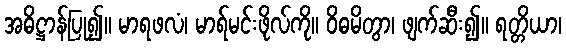
အဓိဋ္ဌာန်ပြု၍။ မာရဖလံ၊ မာရ်မင်းဖိုလ်ကို။ ဝိဓမိတွာ၊ ဖျက်ဆီး၍။ ရတ္တိယာ၊